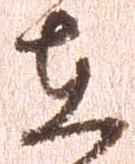
在